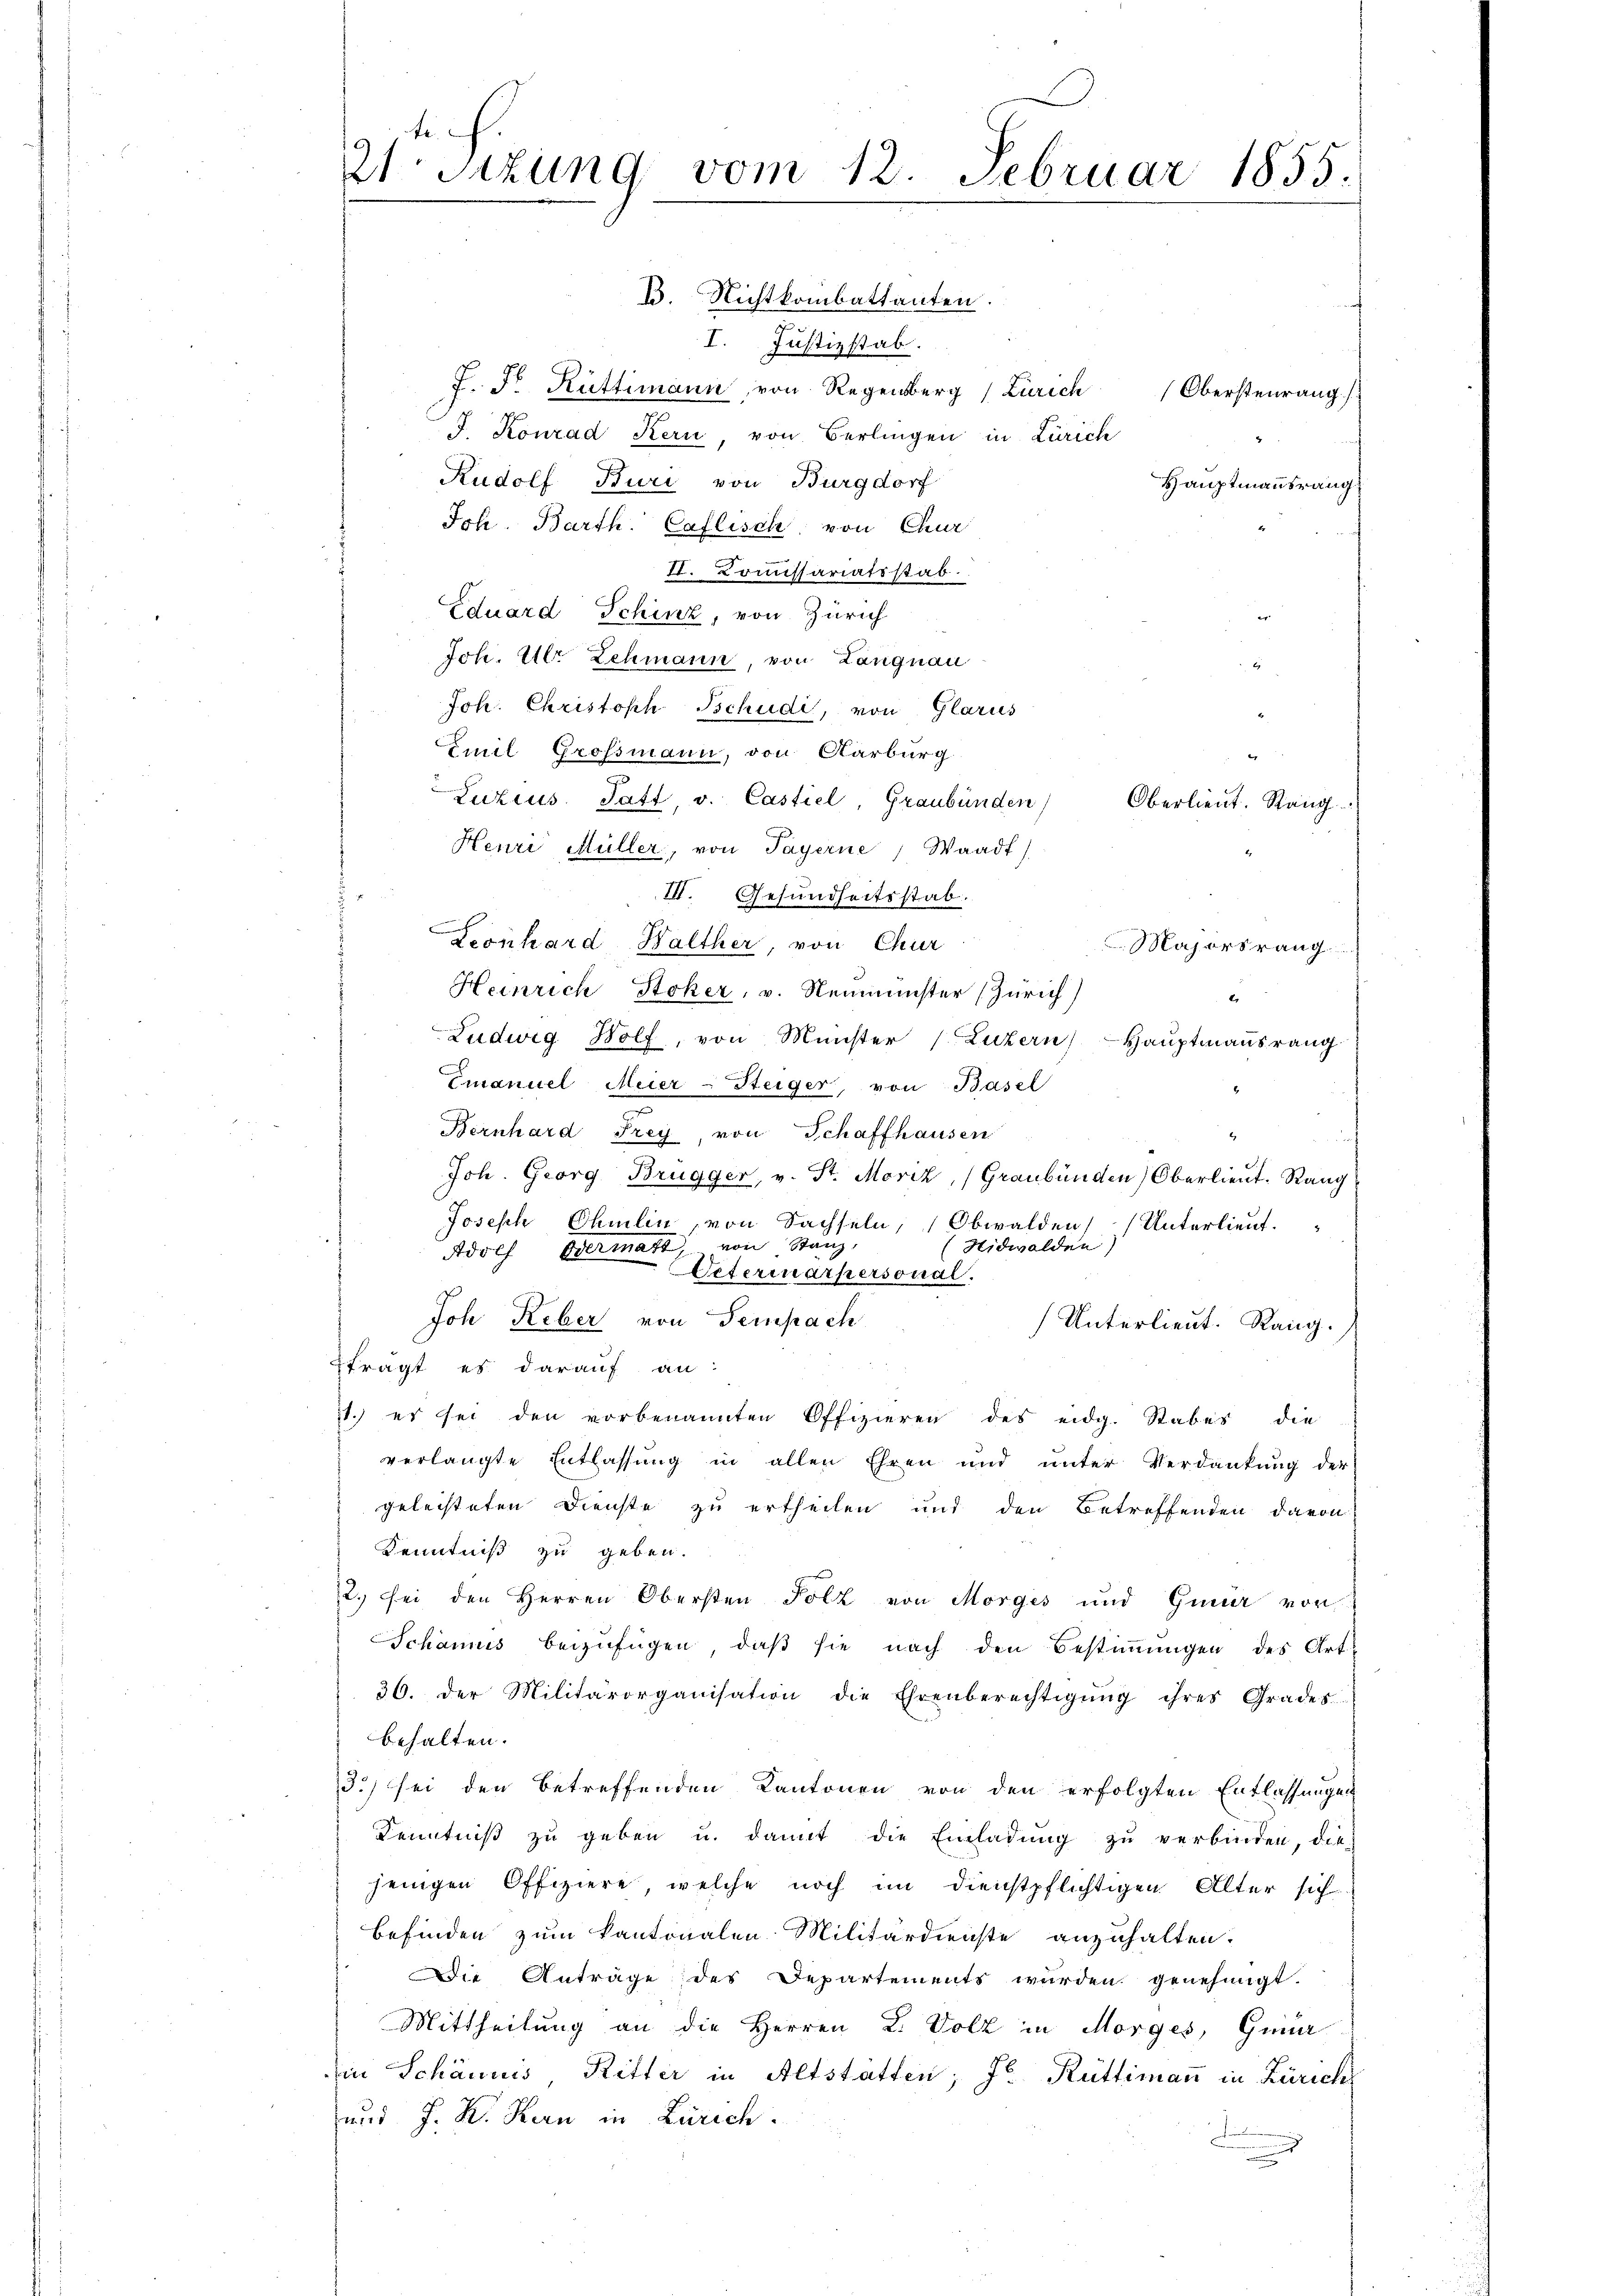
21Stzung vom 12. Februar 1855.

B. Nichtkombattanten.
I. Justizstab.
J. Fr. Rüttimann, von Regensberg (Zürich Obersteŭrang
J. Konrad Kern, von Berlingen in Zürich
Rudolf Buri von Burgdorf
Hauptmannsrang
Joh. Barth. Caflisch von Chur
II. Kommissariatsstab.
Eduard Schinz, von Zürich
Joh. Ulr Lehmann, von Langnau
Joh. Christoph Schudi, von Glarus
Emil Grossmann, von Aarburg
Luzius. Satt, v. Castiel, Graubünden
Oberlieut. Rang
Henri Müller, von Payerne, Waadt)
III. Gesundheitsstab.
Konhard Walther, von Chur
Majorsrang
Heinrich Stoker, v. Neumünster (Zürich)
.
Ludwig Wolf, von Münster (Luzern Hauptmannsrang
Emanuel Meier-Steiger, von Basel
Bernhard Frey, von Schaffhausen
Joh. Georg Brugger, v. St. Moriz, (Graubünden) Oberlieŭt. Rang
Joseph Chmelin, von Sachseln, Obwalden Unterlieut.
Nidwalden)
Adolf Odermatt, von Stanz,
Ueterinärpersonal.
Joh Reber von Sempach
Unterlieut. Rang.
frägt es darauf an:
1.) es sei den vorbenannten Offizieren des eidg. Stabes die
verlangte Entlassung in allen Ehren und unter Verdankung der
geleisteten Dienste zu ertheilen und den Betreffenden davon
Kenntniß zu geben.
2., bei den Herren Obersten Polz von Morges und Gener vor
Schömus bezufügen, daß sie nach den Bestimmungen des Art.
36. der Militärorganisation die Ehrenberechtigŭng ihres Grades
behalten.
3.) sei den betreffenden Kantonen von den erfolgten Entlassungen
Kenntniß zu geben u. damit die Einladung zu verbinden, die
jenigen Offiziere, welche noch im Dienstpflichtigen Alter sich
befinden zum kantonalen Militärdienste anzuhalten.
Die Anträge des Departements wurden genehmigt.
Mittheilung an die Herren L. Volk in Morges, Gene
die Schännis Ritter in Altstatten; Fr. Rüttimann in Zürich
und J. K. Kern in Zürich.